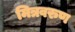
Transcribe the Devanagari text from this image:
मित्रवरुण